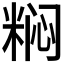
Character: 𬖟